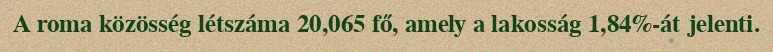
A roma közösség létszáma 20,065 fő, amely a lakosság 1,84%-át jelenti.